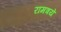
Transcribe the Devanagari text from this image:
रामत्रये